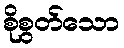
စိုစွတ်သော